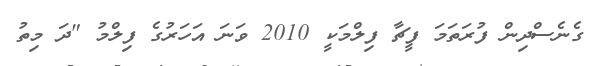
ގެނެސްދިން ފުރަތަމަ ފީޗާ ފިލްމަކީ 2010 ވަނަ އަހަރުގެ ފިލްމު "ދަ މިތު